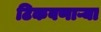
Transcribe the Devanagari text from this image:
टिकवणाऱ्या